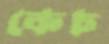
কেচ